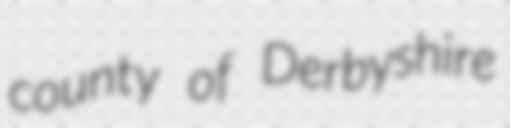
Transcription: county of Derbyshire